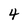
Character: 4